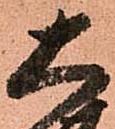
大